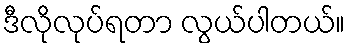
ဒီလိုလုပ်ရတာ လွယ်ပါတယ်။